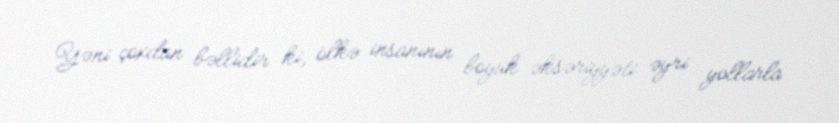
Yəni çoxdan bəllidir ki, ölkə insanının böyük əksəriyyəti əyri yollarla